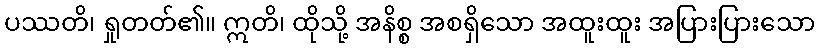
ပဿတိ၊ ရှုတတ်၏။ ဣတိ၊ ထိုသို့ အနိစ္စ အစရှိသော အထူးထူး အပြားပြားသော